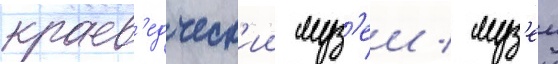
краев'едческ'ии муз'еи / муз'еи